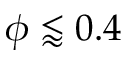
\phi \lessapprox 0 . 4